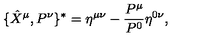
\{ \hat { X } ^ { \mu } , P ^ { \nu } \} ^ { * } = \eta ^ { \mu \nu } - \frac { P ^ { \mu } } { P ^ { 0 } } \eta ^ { 0 \nu } ,